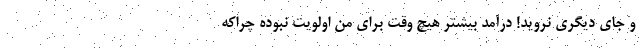
و جای دیگری نروید! درآمد بیشتر هیچ وقت برای من اولویت نبوده چراکه